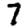
Digit: 7